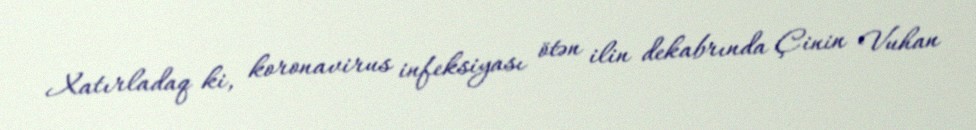
Xatırladaq ki, koronavirus infeksiyası ötən ilin dekabrında Çinin Vuhan